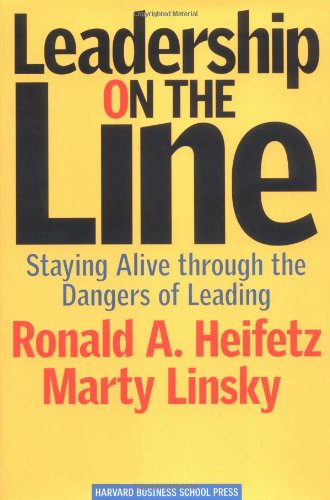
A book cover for Leadership on the Line: Staying Alive through the Dangers of Leading; Martin Linsky; Business & Money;